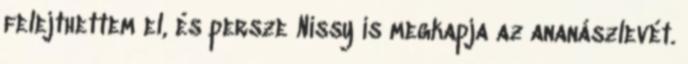
felejthettem el, és persze Nissy is megkapja az ananászlevét.